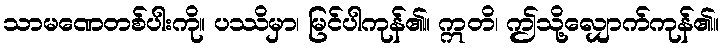
သာမဏေတစ်ပါးကို။ ပဿိမှာ၊ မြင်ပါကုန်၏။ ဣတိ၊ ဤသို့လျှောက်ကုန်၏။